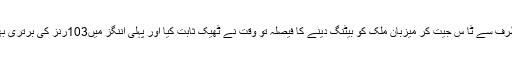
پاکستان کی طرف سے ٹا س جیت کر میزبان ملک کو بیٹنگ دینے کا فیصلہ تو وقت نے ٹھیک ثابت کیا اور پہلی اننگز میں103رنز کی برتری بھی کم نہ تھی۔